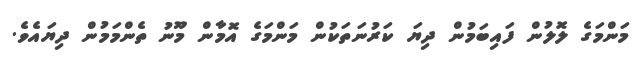
މަންމަގެ ލޮލުން ފައިބަމުން ދިޔަ ކަރުނަތަކުން މަންމަގެ އޮމާން މޫނު ތެންމަމުން ދިޔައެވެ.